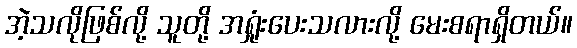
အဲ့သလိုဖြစ်လို့ သူတို့ အရှုံးပေးသလားလို့ မေးစရာရှိတယ်။